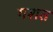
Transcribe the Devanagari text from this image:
गशत